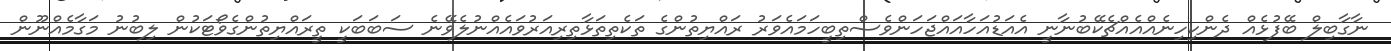
ނާގާބިލް ބޭފުޅެއް ދެންކިހިނެއްއެއްޗެކޭބުނާނީ އެއަޑުއަހާއައްޖަހަންވެސްތިބީހަމައެވަރު ރައްޔިތުންގެ ތަކެތިތަޅާތިރިއަރުވައެއްނުލެވޭނެ ސަބަބަކީ ތީރައްޔިތުންގެވޯޓަކުން ލިބުނު މަގާމެއްނޫން